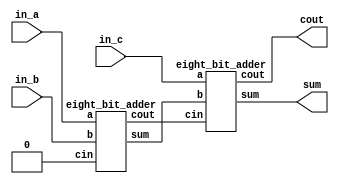
module three_input_adder(in_a,in_b,in_c,sum,cout);
	
	input [07:0]in_a;
	input [07:0]in_b;
	input [07:0]in_c;
	output [07:0]sum;
	output cout;
	wire[7:0] first_sum;
	wire first_cout;
	
	eight_bit_adder a1(in_a,in_b,1'b0,first_sum,first_cout);
	eight_bit_adder a2(in_c,first_sum,first_cout,sum,cout);



endmodule 

module adder_3in_32b(A,B,C,Cin,Sum,Cout);
  
  input[31:0] A,B,C;
  input Cin;
  output [31:0] Sum;
  output Cout;
  wire[31:0] sum1;
  wire c1;
  adder_32_b a1(A,B,Cin,sum1,c1);
  adder_32_b a2(sum1,C,c1,Sum,Cout);
endmodule


module eight_bit_adder(a,b,cin,sum,cout);

	input [07:0]a;
	input [07:0]b;
	input cin;
	output [7:0]sum;
	output cout;
	wire[6:0] c;
	
	full_adder b1(a[0],b[0],cin,sum[0],c[0]);
	full_adder b2(a[1],b[1],c[0],sum[1],c[1]);
	full_adder b3(a[2],b[2],c[1],sum[2],c[2]);
	full_adder b4(a[3],b[3],c[2],sum[3],c[3]);
	full_adder b5(a[4],b[4],c[3],sum[4],c[4]);
	full_adder b6(a[5],b[5],c[4],sum[5],c[5]);
	full_adder b7(a[6],b[6],c[5],sum[6],c[6]);
    full_adder b8(a[7],b[7],c[6],sum[7],cout);

endmodule
	
module adder_32_b(a,b,cin,sum,cout);
  input[31:0] a,b;
  input cin;
  output[31:0] sum;
  output cout;
  wire[3:0] c;
  wire[7:0] sum1,sum2,sum3,sum4;
  eight_bit_adder a1(a[7:0],b[7:0],cin,sum1,c[0]);
  eight_bit_adder a2(a[15:8],b[15:8],c[0],sum2,c[1]);
  eight_bit_adder a3(a[23:16],b[23:16],c[1],sum3,c[2]);
  eight_bit_adder a4(a[31:24],b[31:24],c[2],sum4,c[3]);
  assign sum = {sum4, sum3, sum2, sum1};
  assign cout = c[3];
  
endmodule



module full_adder(ain,bin,cin,sum,cout);

    output cout;
    output sum;
    input ain;
    input bin;
    input cin;
    assign sum = ain^bin^cin;
    assign cout = (ain&bin) | (ain&cin) | (bin&cin);
	
endmodule

module carry_save_add_8(A,B,Cin,S,C,zero);
input[7:0] A,B,Cin;
input zero;
output[8:0] S;
output C;
wire w1,w2,w3,w4,w5,w6,w7,w8,w9,w10,w11,w12,w13,w14,w15,w16;
wire c1,c2,c3,c4,c5,c6,c7,c8,c9,c10,c11,c12,c13,c14,c15,c16;

assign zero =0;

full_adder a1(A[0],B[0],Cin[0],S[0],c1);
full_adder a2(A[1],B[1],Cin[1],w2,c2);
full_adder a3(A[2],B[2],Cin[2],w3,c3);
full_adder a4(A[3],B[3],Cin[3],w4,c4);
full_adder a5(A[4],B[4],Cin[4],w5,c5);
full_adder a6(A[5],B[5],Cin[5],w6,c6);
full_adder a7(A[6],B[6],Cin[6],w7,c7);
full_adder a8(A[7],B[7],Cin[7],w8,c8);

full_adder a9(w2,zero,c1,S[1],c9);
full_adder a10(c2,w3,c9,S[2],c10);
full_adder a11(c3,w4,c10,S[3],c11);
full_adder a12(c4,w5,c11,S[4],c12);
full_adder a13(c5,w6,c12,S[5],c13);
full_adder a14(c6,w7,c13,S[6],c14);
full_adder a15(c7,w8,c14,S[7],c15);
full_adder a16(c8,zero,c15,S[8],C);

endmodule

module carry_save_add_16(A,B,Cin,S,C,zero);
input[15:0] A,B,Cin;
input zero;
output[16:0] S;
output C;
wire[30:0] c;
wire[15:0] w;
full_adder a1(A[0],B[0],Cin[0],S[0],c[0]);
full_adder a2(A[1],B[1],Cin[1],w[1],c[1]);
full_adder a3(A[2],B[2],Cin[2],w[2],c[2]);
full_adder a4(A[3],B[3],Cin[3],w[3],c[3]);
full_adder a5(A[4],B[4],Cin[4],w[4],c[4]);
full_adder a6(A[5],B[5],Cin[5],w[5],c[5]);
full_adder a7(A[6],B[6],Cin[6],w[6],c[6]);
full_adder a8(A[7],B[7],Cin[7],w[7],c[7]);
full_adder a9(A[8],B[8],Cin[8],w[8],c[8]);
full_adder a10(A[9],B[9],Cin[9],w[9],c[9]);
full_adder a11(A[10],B[10],Cin[10],w[10],c[10]);
full_adder a12(A[11],B[11],Cin[11],w[11],c[11]);
full_adder a13(A[12],B[12],Cin[12],w[12],c[12]);
full_adder a14(A[13],B[13],Cin[13],w[13],c[13]);
full_adder a15(A[14],B[14],Cin[14],w[14],c[14]);
full_adder a16(A[15],B[15],Cin[15],w[15],c[15]);

full_adder a17(zero,w[1],c[0],S[1],c[16]);
full_adder a18(c[1],w[2],c[16],S[2],c[17]);
full_adder a19(c[2],w[3],c[17],S[3],c[18]);
full_adder a20(c[3],w[4],c[18],S[4],c[19]);
full_adder a21(c[4],w[5],c[19],S[5],c[20]);
full_adder a22(c[5],w[6],c[20],S[6],c[21]);
full_adder a23(c[6],w[7],c[21],S[7],c[22]);
full_adder a24(c[7],w[8],c[22],S[8],c[23]);
full_adder a25(c[8],w[9],c[23],S[9],c[24]);
full_adder a26(c[9],w[10],c[24],S[10],c[25]);
full_adder a27(c[10],w[11],c[25],S[11],c[26]);
full_adder a28(c[11],w[12],c[26],S[12],c[27]);
full_adder a29(c[12],w[13],c[27],S[13],c[28]);
full_adder a30(c[13],w[14],c[28],S[14],c[29]);
full_adder a31(c[14],w[15],c[29],S[15],c[30]);
full_adder a32(c[15],zero,c[30],S[16],C);
endmodule